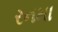
રનમા